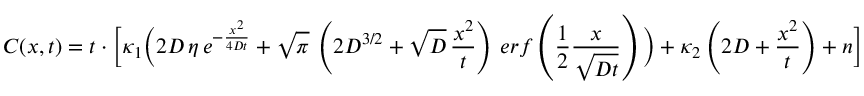
C ( x , t ) = t \cdot \bigg [ \kappa _ { 1 } \bigg ( 2 D \, \eta \, e ^ { - \frac { x ^ { 2 } } { 4 D t } } + \sqrt { \pi } \, \left( 2 D ^ { 3 / 2 } + \sqrt { D } \, \frac { x ^ { 2 } } { t } \right) \, e r f \left( \frac { 1 } { 2 } \frac { x } { \sqrt { D t } } \right) \bigg ) + \kappa _ { 2 } \left( 2 D + \frac { x ^ { 2 } } { t } \right) + n \bigg ]